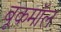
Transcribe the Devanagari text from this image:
बूकमॉल